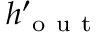
h _ { \mathrm { ~ o ~ u ~ t ~ } } ^ { \prime }